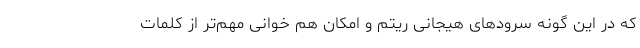
که در این گونه سرودهای هیجانی ریتم و امکان هم خوانی مهم‌تر از کلمات